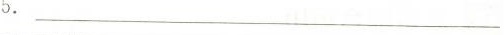
5.__